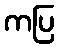
ကပြ